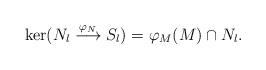
LaTeX: \begin{align*}\ker(N_l\stackrel{\varphi_N}{\longrightarrow} S_l)=\varphi_M(M)\cap N_l. \end{align*}